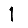
Digit: 1